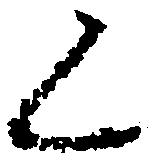
候